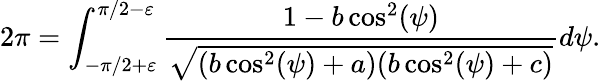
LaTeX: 2\pi=\int_{-\pi/2+\varepsilon}^{\pi/2-\varepsilon}\frac{1-b\cos^{2}(\psi)}{\sqrt{(b\cos^{2}(\psi)+a)(b\cos^{2}(\psi)+c)}}d\psi.